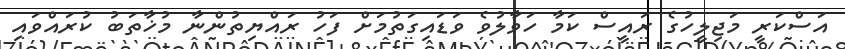
އަސްކަރީ މަޖިލީހުގެ ރައީސް ކަމާ ހަވާލުވެ ވަޑައިގަތުމަށް ފަހު ރައްޔިތުންނާ މުޚާތަބު ކުރައްވައި